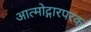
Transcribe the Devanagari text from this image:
आत्मोद्गारपरक